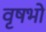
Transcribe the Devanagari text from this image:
वृषभो